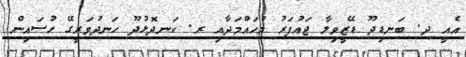
އެއީ ދ. ބަނޑިދޫ ޑޭޒީވިލާ ޖައުފަރު މުހައްމަދާއި ރ. ކަނދޮޅުދޫ ހަނދުވަރީގޭ ހުސައިން